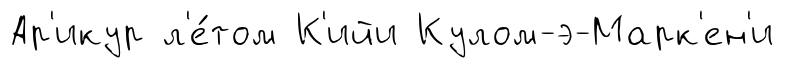
Ар'икур л'е́том К'ийи Кулом-э-Марк'ен'и